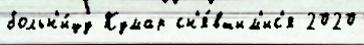
больн'и́цу Кумар сн'я́вшим'ис'я 2020